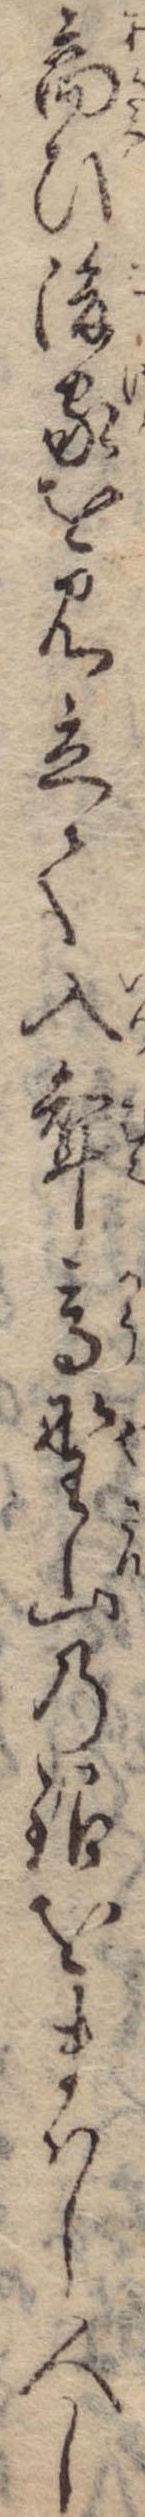
商ひ後家を見立て入婿高野山の銀をまはし人し